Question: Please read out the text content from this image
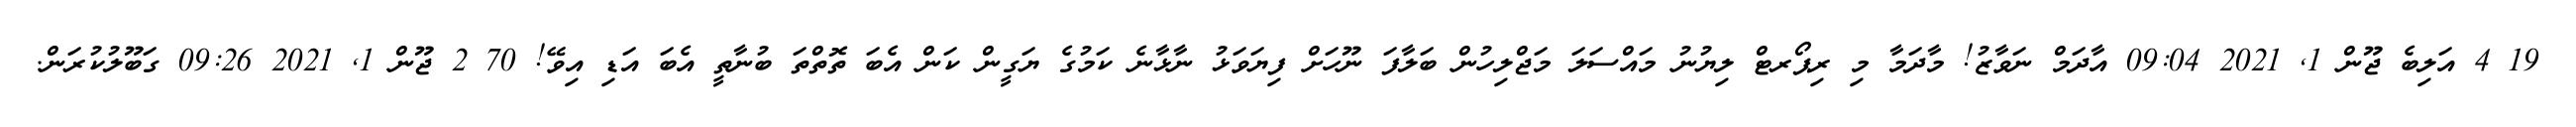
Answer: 19 4 އަލިބެ ޖޫން 1, 2021 09:04 އާދަމް ނަވާޒު! މާދަމާ މި ރިޕޯރޓް ލިޔުނު މައްސަލަ މަޖްލިހުން ބަލާފަ ނޫހަށް ފިޔަވަޅު ނާޅާނެ ކަމުގެ ޔަގީން ކަން އެބަ ތޮތްތަ ބުނާތީ އެބަ އަޑި އިވޭ! 70 2 ޖޫން 1, 2021 09:26 ގަބޫލުކުރަން.